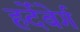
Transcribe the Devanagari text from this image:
हर्देंबेर्ग